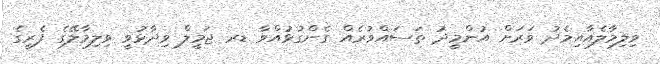
ވިލިމާލެއާއިމެދު ވަރަށް އުންމީދު ތަސައްވުރެއް ގެންގުޅުއްވާ ޑރ ޖަމީލް ވިދާޅުވީ ވިލިމާލޭގެ ފެރީގެ